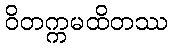
ဝိတက္ကမထိတဿ